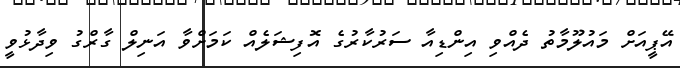
އޭޕީއަށް މައުލޫމާތު ދެއްވި އިންޑިއާ ސަރުކާރުގެ އޮފިޝަލެއް ކަމަށްވާ އަނިލް ގާރްގު ވިދާޅުވީ